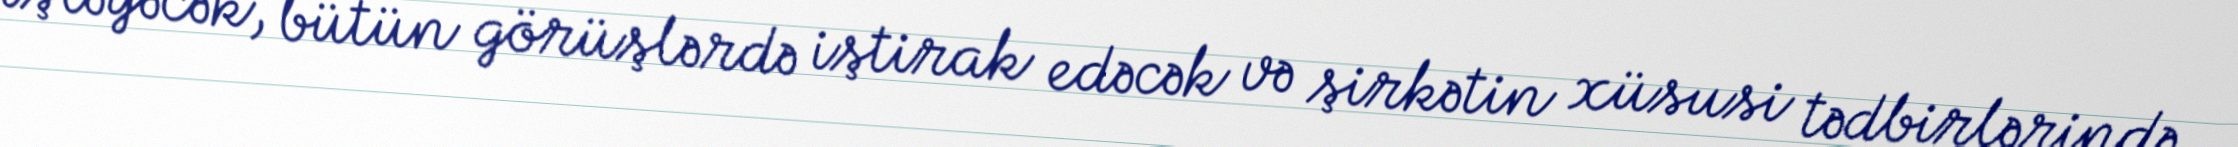
işləyəcək, bütün görüşlərdə iştirak edəcək və şirkətin xüsusi tədbirlərində